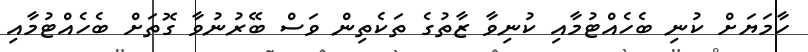
ހާމަޔަށް ކުނި ބެހެއްޓުމާއި ކުނިވާ ޒާތުގެ ތަކެތިން ވަސް ބޭރުނުވާ ގޮތަށް ބެހެއްޓުމާއި